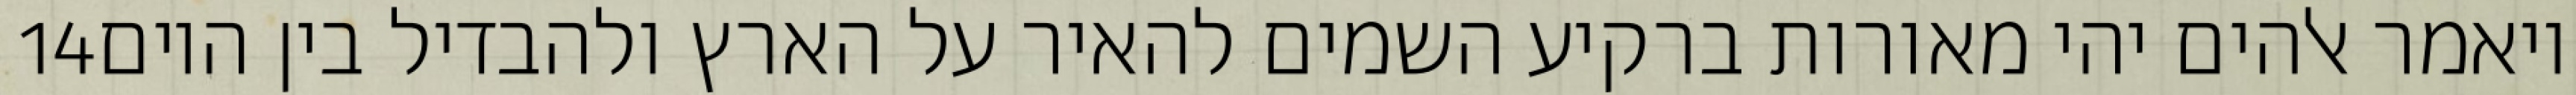
‎14‏ ויאמר אלהים יהי מאורות ברקיע השמים להאיר על הארץ ולהבדיל בין היום